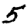
Digit: 5